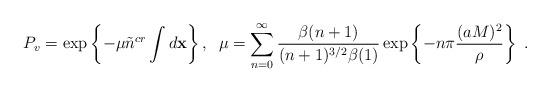
LaTeX: \begin{align*}P_v=\exp \left\{ -\mu \tilde n^{cr}\int d{\bf x}\right\} ,\;\;\mu=\sum_{n=0}^\infty \frac{\beta (n+1)}{(n+1)^{3/2}\beta (1)}\exp \left\{-n\pi \frac{(aM)^2}\rho \right\} \;. \end{align*}